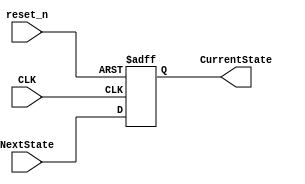
module CSL(
 
    input                       CLK,
    input                       reset_n,
    input           [2:0]       NextState,
    output   reg    [2:0]       CurrentState
    
);

// State Machine Parameters
parameter par_idle = 3'b000;
parameter par_hazard = 3'b001;
parameter par_turn_sig_left = 3'b010;
parameter par_turn_sig_right = 3'b011;

always @(posedge CLK, negedge reset_n)
    if(reset_n == 0)
        CurrentState = par_idle;
    else
        CurrentState = NextState;
 
 
endmodule